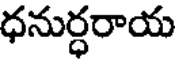
ధనుర్ధరాయ